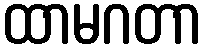
ထာမဂတာ